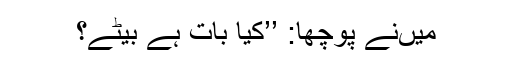
میںنے پوچھا: ’’کیا بات ہے بیٹے؟